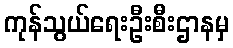
ကုန်သွယ်ရေးဦးစီးဌာနမှ